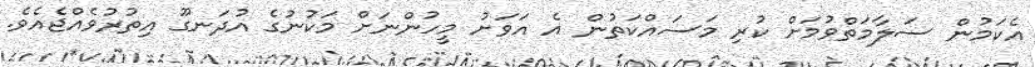
އެކަމުން ސަލާމަތްވުމަށް ކުރި މަސައްކަތުން އެ އަވަށު މީހުންނަށް މަކުނުގެ އުދަނގޫ އިތުރުވެއްޖެއެވެ.